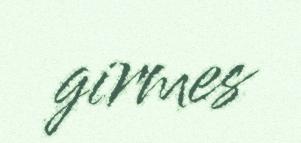
girmes